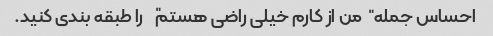
احساس جمله "من از کارم خیلی راضی هستم" را طبقه بندی کنید.